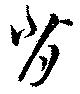
背